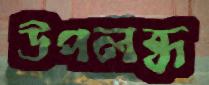
উপলব্ধ